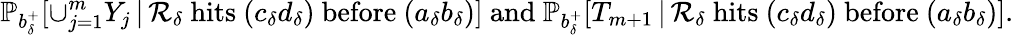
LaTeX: \mathbb{P}_{b_{\delta}^{+}}[\cup_{j=1}^{m}Y_{j}\, |\, \mathcal{R}_{\delta}\mathrm{~hits~}(c_{\delta}d_{\delta})\mathrm{~before~}(a_{\delta}b_{\delta})]\mathrm{~and~}\mathbb{P}_{b_{\delta}^{+}}[T_{m+1}\, |\, \mathcal{R}_{\delta}\mathrm{~hits~}(c_{\delta}d_{\delta})\mathrm{~before~}(a_{\delta}b_{\delta})].